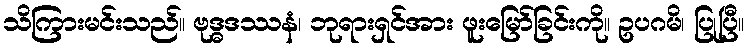
သိကြားမင်းသည်။ ဗုဒ္ဓဒဿနံ၊ ဘုရားရှင်အား ဖူးမြော်ခြင်းကို။ ဥပဂမိ၊ ပြုပြီ။